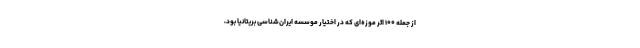
از جمله ۱۰۰ اثر موزه‌ای که در اختیار موسسه ایران‌شناسی بریتانیا بود،